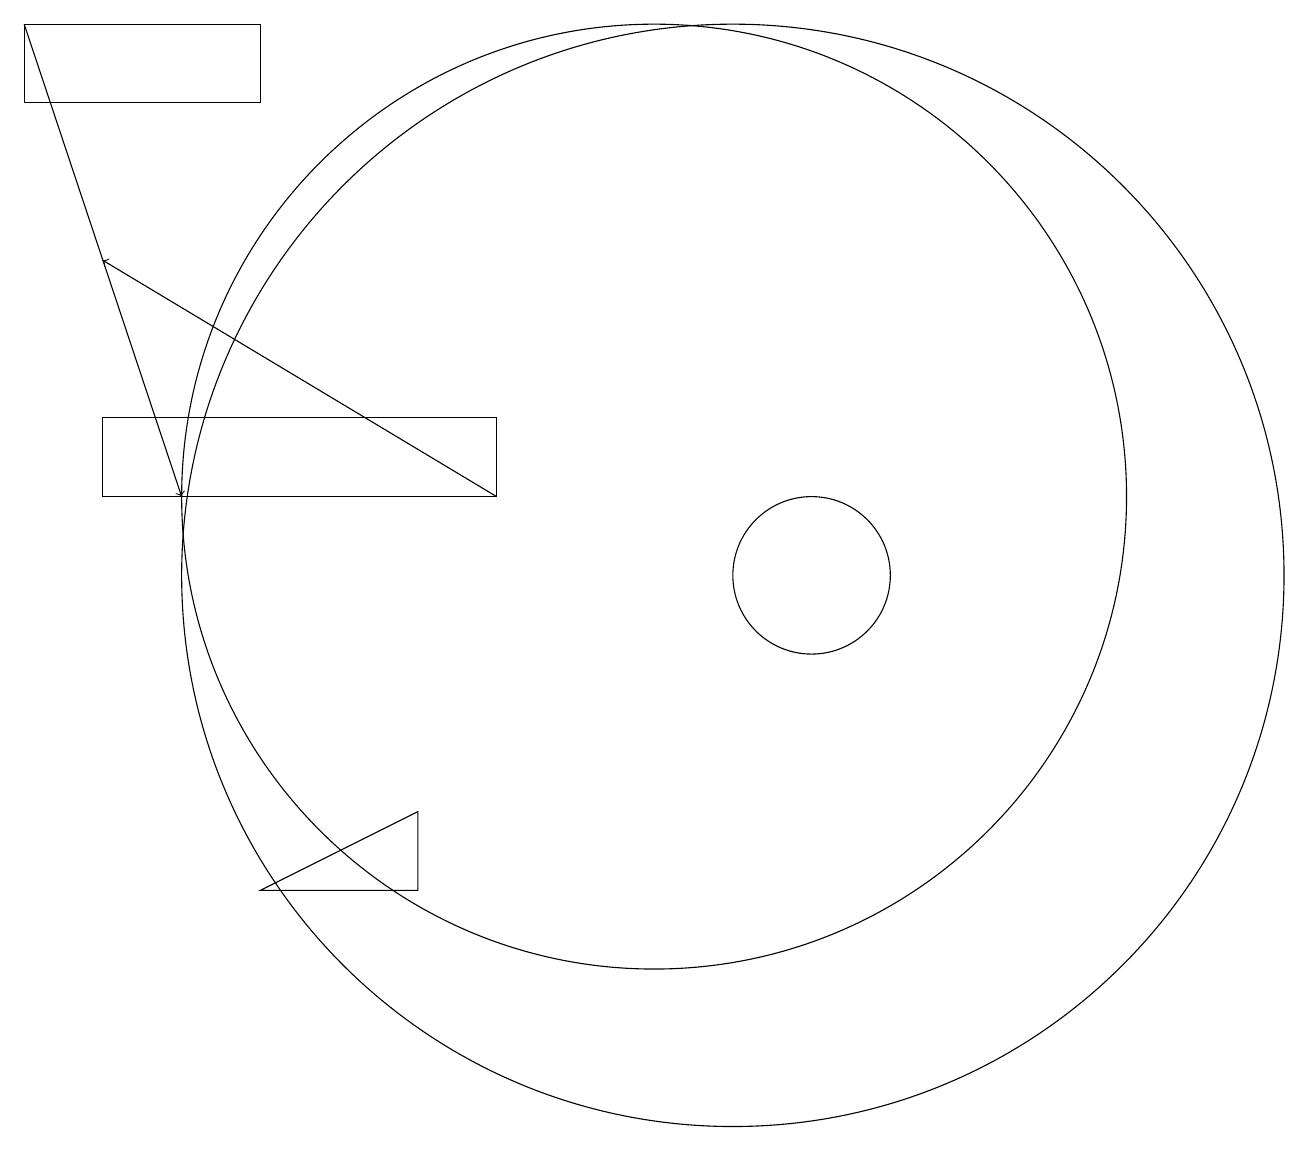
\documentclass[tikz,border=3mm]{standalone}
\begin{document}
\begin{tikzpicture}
\draw (3,11) rectangle (8,12);
\draw (12,10) circle (1);
\draw (7,6) -- (7,7) -- (5,6) -- cycle;
\draw[->] (2,17) -- (4,11);
\draw (10,11) circle (6);
\draw (11,10) circle (7);
\draw[->] (8,11) -- (3,14);
\draw (2,17) rectangle (5,16);
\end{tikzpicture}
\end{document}